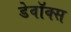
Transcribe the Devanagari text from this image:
डेवॉक्स